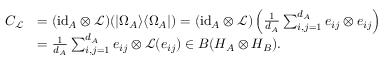
\begin{array} { r l } { C _ { \mathcal { L } } } & { = ( \mathrm { i d } _ { A } \otimes \mathcal { L } ) ( | \Omega _ { A } \rangle \langle \Omega _ { A } | ) = ( \mathrm { i d } _ { A } \otimes \mathcal { L } ) \left( \frac { 1 } { d _ { A } } \sum _ { i , j = 1 } ^ { d _ { A } } e _ { i j } \otimes e _ { i j } \right) } \\ & { = \frac { 1 } { d _ { A } } \sum _ { i , j = 1 } ^ { d _ { A } } e _ { i j } \otimes \mathcal { L } ( e _ { i j } ) \in B ( H _ { A } \otimes H _ { B } ) . } \end{array}